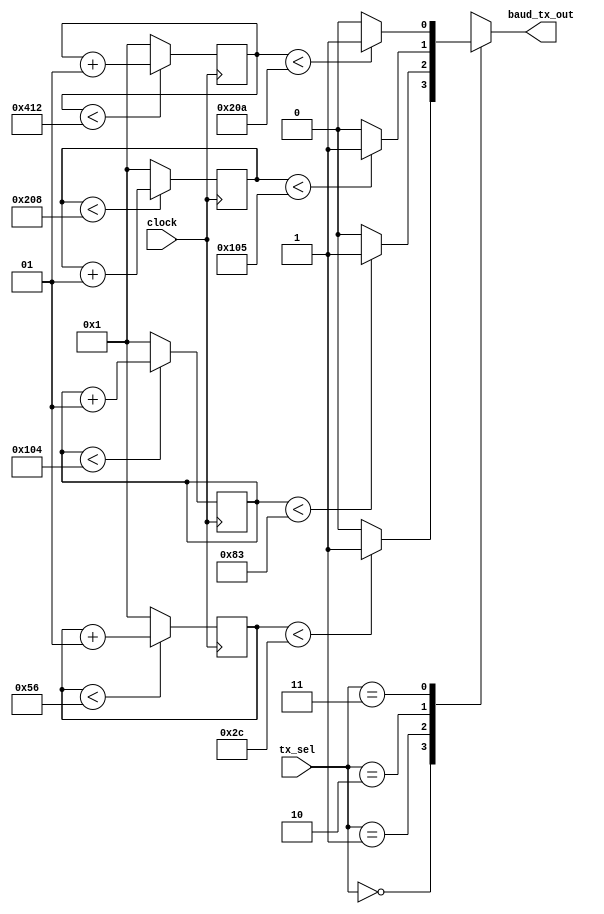
module baud_generate_tx(clock, tx_sel, baud_tx_out);

input clock;
input [1:0]tx_sel;
output reg baud_tx_out;
wire baud_tick_115200bps, baud_tick_38400bps, baud_tick_19200bps, baud_tick_9600bps;

integer count1=0;
integer count2=0;
integer count3=0;
integer count4=0;

always@(posedge clock)
if(count1<86)
count1<=count1+1;
else
count1<=1;

assign baud_tick_115200bps=(count1<44)?1:0;

always@(posedge clock)
if(count2<260)
count2<=count2+1;
else
count2<=1;

assign baud_tick_38400bps =(count2<131)?1:0;

always@(posedge clock)
if(count3<520)
count3<=count3+1;
else
count3<=1;

assign baud_tick_19200bps =(count3<261)?1:0;

always@(posedge clock)
if(count4<1042)
count4<=count4+1;
else
count4<=1;

assign baud_tick_9600bps =(count4<522)?1:0;

always@(tx_sel, baud_tick_115200bps, baud_tick_38400bps, baud_tick_19200bps, baud_tick_9600bps)
begin
case(tx_sel)
2'b00 : baud_tx_out = baud_tick_115200bps;
2'b01 : baud_tx_out = baud_tick_38400bps;
2'b10 : baud_tx_out = baud_tick_19200bps;
2'b11 : baud_tx_out = baud_tick_9600bps;
endcase
end
endmodule